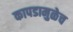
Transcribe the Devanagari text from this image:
कापडामुळेच